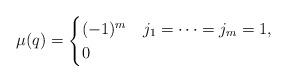
LaTeX: \begin{align*}\mu(q) = \begin{cases}(-1)^m & j_1 = \cdots = j_m = 1, \\0 & \end{cases}\end{align*}